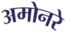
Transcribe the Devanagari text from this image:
अमोनरे